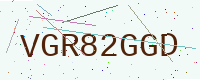
Text: VGR82GGD